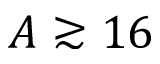
A \gtrsim 1 6